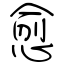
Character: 愈